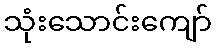
သုံးသောင်းကျော်